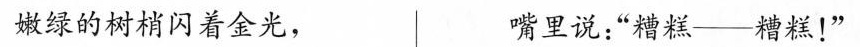
嫩绿的树梢闪着金光， 嘴里说：”糟糕——糟糕！”